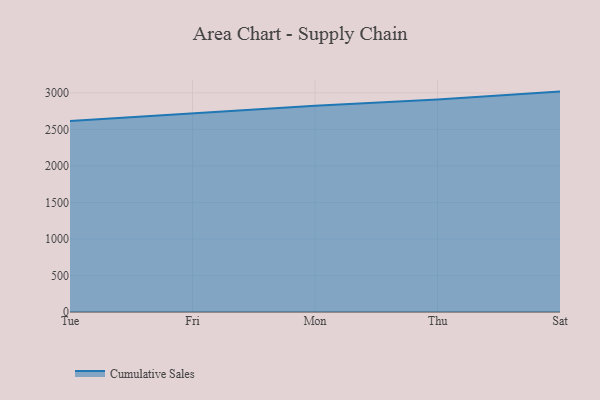
{"axis": {"x": "Day", "y": "Website Visitors"}, "legend": ["Cumulative Sales"], "data": [{"x": "Tue", "y": 2614.5, "type": "Cumulative Sales"}, {"x": "Fri", "y": 2718.7, "type": "Cumulative Sales"}, {"x": "Mon", "y": 2824.6, "type": "Cumulative Sales"}, {"x": "Thu", "y": 2910.0, "type": "Cumulative Sales"}, {"x": "Sat", "y": 3017.9, "type": "Cumulative Sales"}]}